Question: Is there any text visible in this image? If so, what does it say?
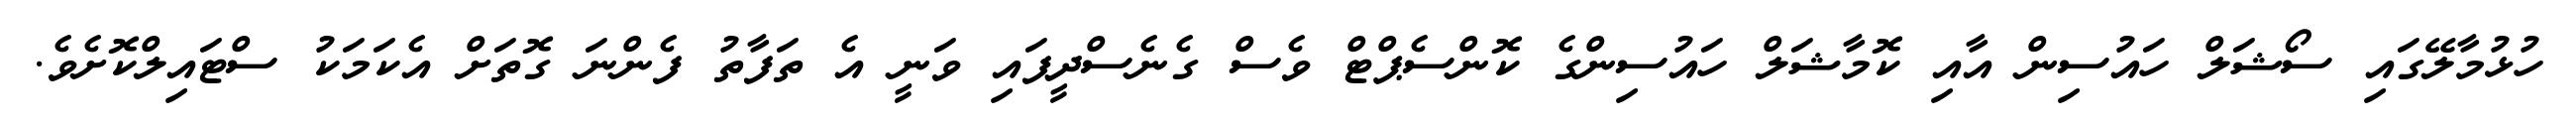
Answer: ހުޅުމާލޭގައި ސޯޝަލް ހައުސިން އާއި ކޮމާޝަލް ހައުސިންގެ ކޮންސެޕްޓް ވެސް ގެނެސްދީފައި ވަނީ އެ ތަފާތު ފެންނަ ގޮތަށް އެކަމަކު ސްޓައިލްކޮށެވެ.